Indian journal of veterinary science and animal husbandry - Volume 9,
Year: 1939
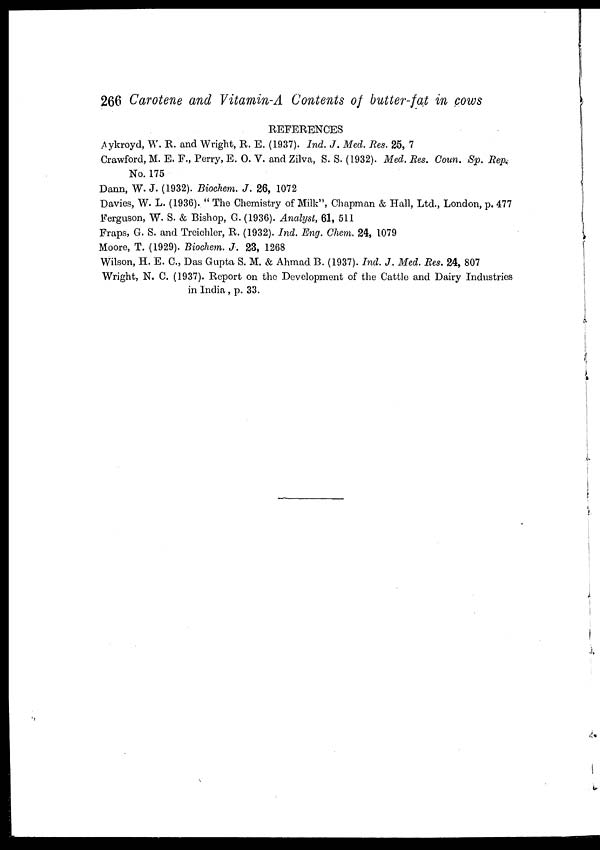
266 Carotene and Vitamin-A Contents of butter-fat in cows
REFERENCES
Aykroyd, W. R. and Wright, R. E. (1937). Ind. J. Med. Res. 25, 7
Crawford, M. E. F., Perry, E. O. V. and Zilva, S. S. (1932). Med. Res. Coun. Sp. Rep.
No. 175
Dann, W. J. (1932). Biochem. J. 26, 1072
Davies, W. L. (1936). " The Chemistry of Milk ", Chapman & Hall, Ltd., London, p. 477
Ferguson, W. S. & Bishop, C. (1936). Analyst, 61, 511
Fraps, G. S. and Treichler, R. (1932). Ind. Eng. Chem. 24, 1079
Moore, T. (1929). Biochem. J. 23, 1268
Wilson, H. E. C., Das Gupta S. M. & Ahmad B. (1937). Ind. J. Med. Res. 24, 807
Wright, N. C. (1937). Report on the Development of the Cattle and Dairy Industries
in India, p. 33.